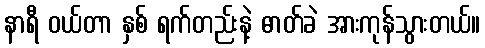
နာရီ ဝယ်တာ နှစ် ရက်တည်းနဲ့ ဓာတ်ခဲ အားကုန်သွားတယ်။